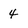
Character: 4